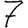
Digit: 7